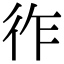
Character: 𢓓